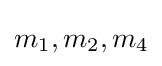
m_{1},m_{2},m_{4}